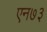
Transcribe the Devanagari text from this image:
एन७३